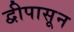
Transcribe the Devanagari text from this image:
द्वीपासून